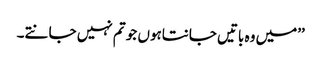
’’میں وہ باتیں جانتاہوں جو تم نہیں جانتے۔